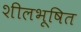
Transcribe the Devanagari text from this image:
शीलभूषित